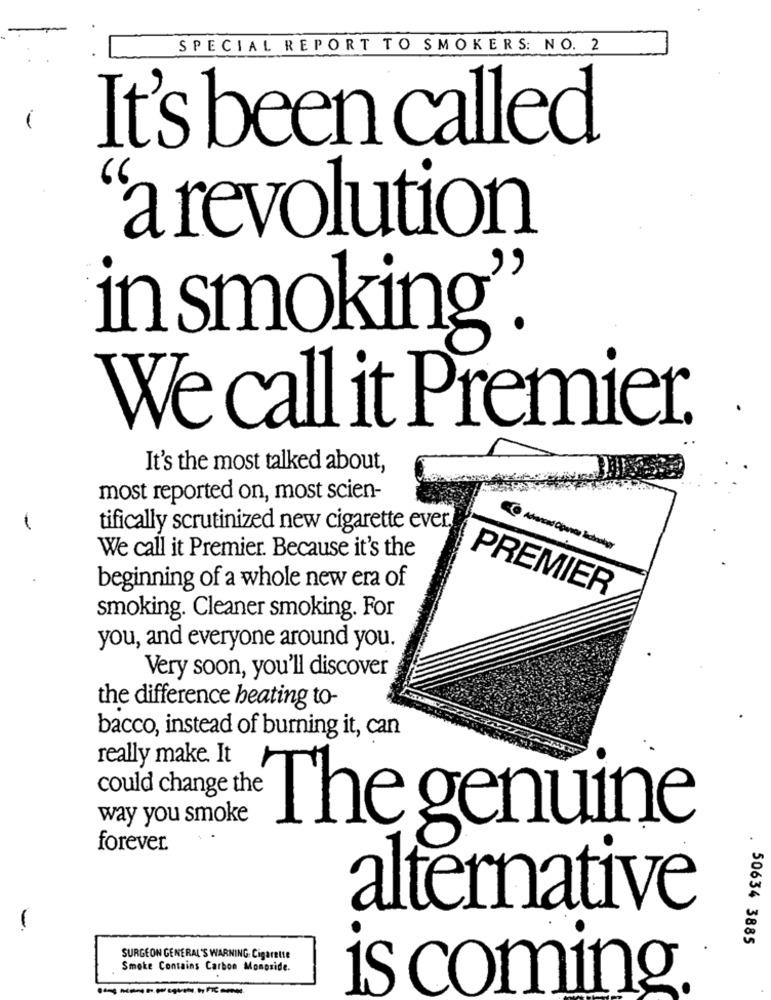
SPECIAL REPORT TO SMOKERS: NO. 2
-
It's been called
a revolution
in smoking".
We call it Premier.
It's the most talked about,
most reported on, most scien-
tifically scrutinized new cigarette ever.
Advanced Opense kokosbor
We call it Premier. Because it's the
beginning of a whole new era of
PREMIER
smoking. Cleaner smoking. For
you, and everyone around you.
Very soon, you'll discover
the difference heating to-
bacco, instead of burning it, can
really make. It
could change the
way you smoke
The genuine
forever.
alternative
50634 3885
SURGEON GENERAL'S WARNING: Cigarette
Smoke Contains Carbon Monoside.
is coming